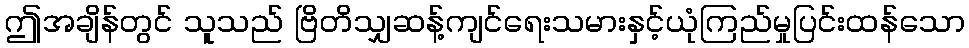
ဤအချိန်တွင် သူသည် ဗြိတိသျှဆန့်ကျင်ရေးသမားနှင့်ယုံကြည်မှုပြင်းထန်သော